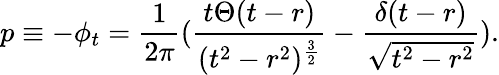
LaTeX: p\equiv-\phi_{t}=\frac{1}{2\pi}(\frac{t\Theta(t-r)}{(t^{2}-r^{2})^{\frac{3}{2}}}-\frac{\delta(t-r)}{\sqrt{t^{2}-r^{2}}}).